画像に写った文字を読んでください
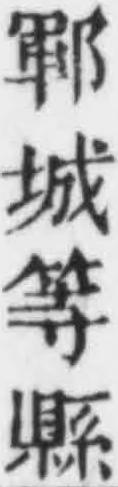
「鄆城等縣」と書いてあります